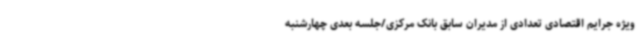
ویژه جرایم اقتصادی تعدادی از مدیران سابق بانک مرکزی/جلسه بعدی چهارشنبه